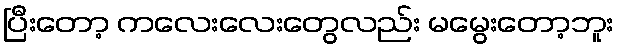
ပြီးတော့ ကလေးလေးတွေလည်း မမွေးတော့ဘူး